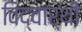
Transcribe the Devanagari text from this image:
विद्वार्थी